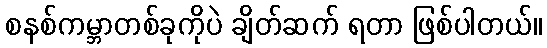
စနစ်ကမ္ဘာတစ်ခုကိုပဲ ချိတ်ဆက် ရတာ ဖြစ်ပါတယ်။